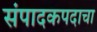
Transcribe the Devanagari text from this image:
संपादकपदाचा